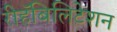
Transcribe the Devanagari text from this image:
रीहॅबिलिटेशन